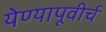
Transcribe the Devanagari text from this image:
येण्यापूवीर्च